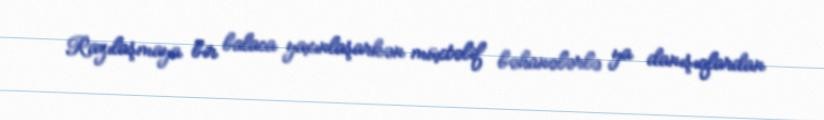
Razılaşmaya bir balaca yaxınlaşarkən müxtəlif bəhanələrlə ya danışıqlardan